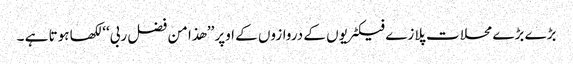
بڑے بڑے محلات پلازے فیکٹریوں کے دروازوں کے اوپر ’’ھذا من فضل ربی‘‘لکھا ہوتا ہے ۔